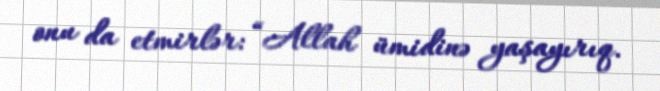
onu da etmirlər: “Allah ümidinə yaşayırıq.